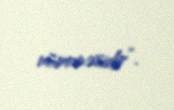
nümunəsidir”.